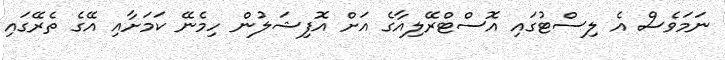
ނަމަވެސް އެ ލިސްޓުގައި އޮސްޓްރޭލިއާގެ އަށް އޮފިޝަލުން ހިމެނޭ ކަމަށާއި އޭގެ ތެރޭގައި